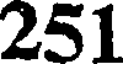
251